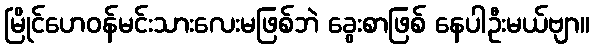
မြိုင်ဟေဝန်မင်းသားလေးမဖြစ်ဘဲ ခွေးစာဖြစ် နေပါဦးမယ်ဗျာ။